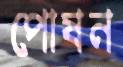
পোষন